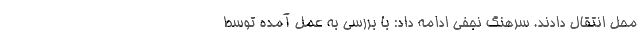
محل انتقال دادند. سرهنگ نجفی ادامه داد: با بررسی به عمل آمده توسط